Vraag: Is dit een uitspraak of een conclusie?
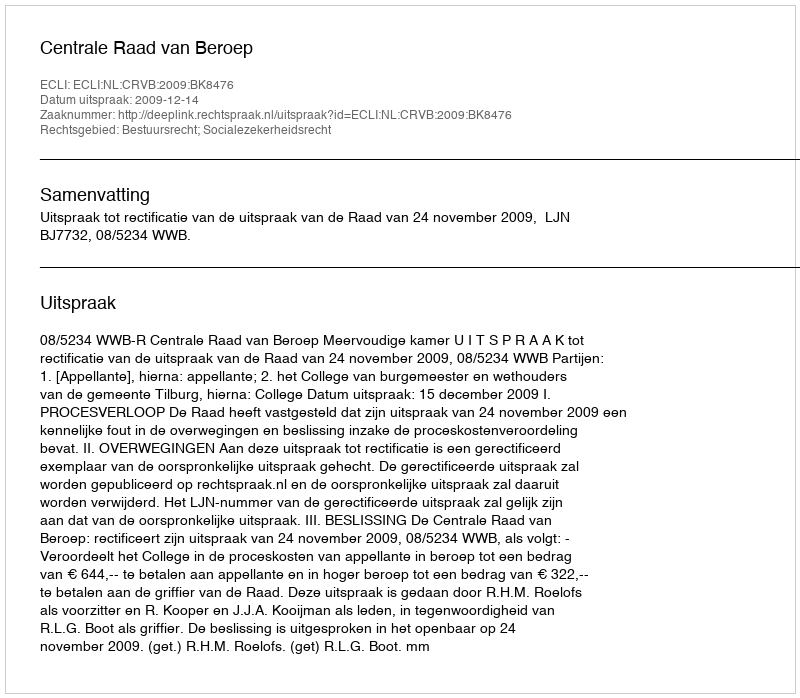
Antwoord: Uitspraak